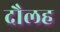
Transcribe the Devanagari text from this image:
दौलह